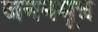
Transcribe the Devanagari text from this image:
जननमूत्र